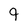
Character: 9